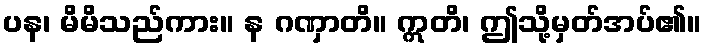
ပန၊ မိမိသည်ကား။ န ဂဏှာတိ။ ဣတိ၊ ဤသို့မှတ်အပ်၏။